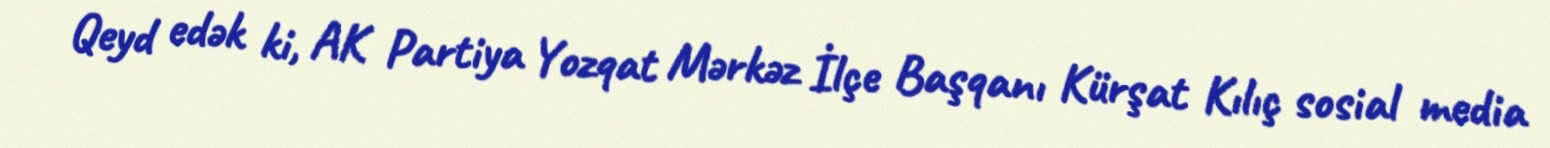
Qeyd edək ki, AK Partiya Yozqat Mərkəz İlçe Başqanı Kürşat Kılıç sosial media